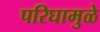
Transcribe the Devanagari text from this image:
परिघामुळे